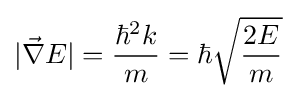
|{\vec {\nabla }}E|={\frac {\hbar ^{2}k}{m}}=\hbar {\sqrt {\frac {2E}{m}}}